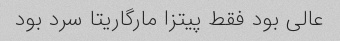
عالی بود فقط پیتزا مارگاریتا سرد بود